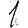
Digit: 1